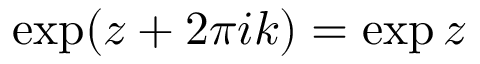
\exp ( z + 2 \pi i k ) = \exp z